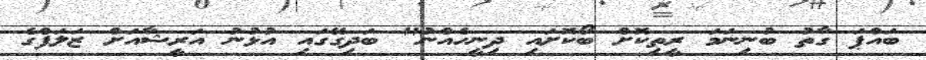
ބައްޕަ ގާތު ބުނިނަމަ ރީތިކޮށް ބޯކޮށައި ދިނީހެއްނު" ބަދިގޭގައި އުޅުނު އަރީޝާއަށް ޒަލަފްގެ